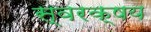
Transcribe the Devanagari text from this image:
स्वरक्षय